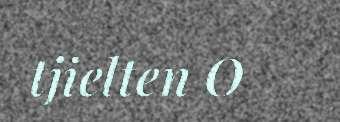
tjielten O